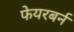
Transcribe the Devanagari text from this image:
फेयरबर्न